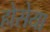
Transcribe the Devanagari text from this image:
होसेया